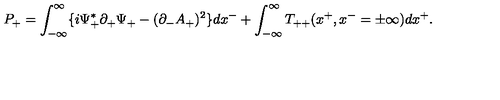
P _ { + } = \int _ { - { \infty } } ^ { \infty } \{ i { \Psi } _ { + } ^ { \ast } { \partial } _ { + } { \Psi } _ { + } - ( { \partial } _ { - } A _ { + } ) ^ { 2 } \} d x ^ { - } + \int _ { - { \infty } } ^ { \infty } T _ { + + } ( x ^ { + } , x ^ { - } = { \pm } { \infty } ) d x ^ { + } .